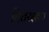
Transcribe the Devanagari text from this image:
हितरक्षक